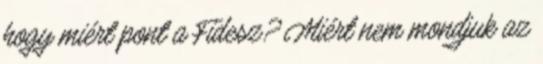
hogy miért pont a Fidesz? Miért nem mondjuk az